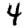
Digit: 4